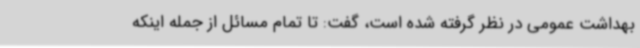
بهداشت عمومی در نظر گرفته شده است، گفت: تا تمام مسائل از جمله اینکه